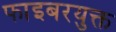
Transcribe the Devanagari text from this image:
फाइबरयुक्त